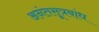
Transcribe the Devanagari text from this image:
अनंतसूत्रबांध